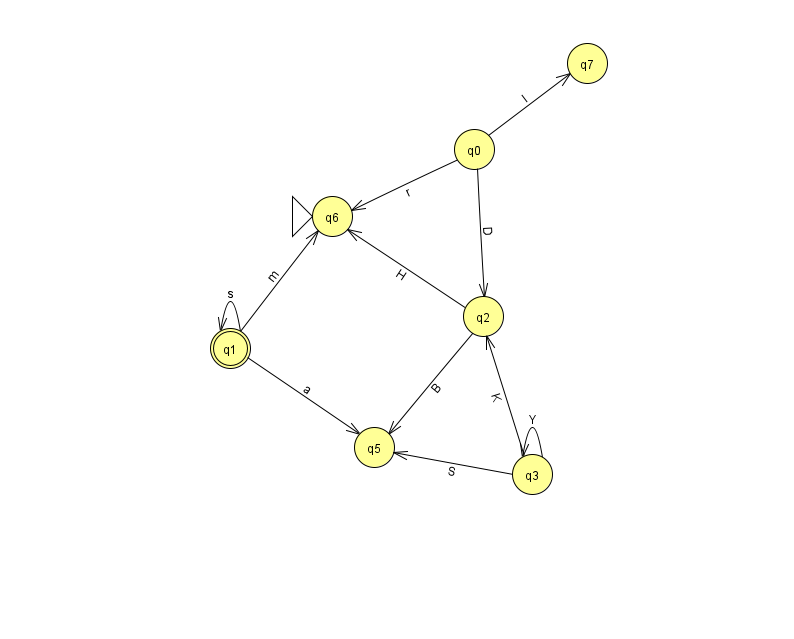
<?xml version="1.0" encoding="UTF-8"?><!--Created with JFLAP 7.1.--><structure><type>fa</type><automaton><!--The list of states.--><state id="0" name="q0"><x>474.0</x><y>136.0</y></state><state id="1" name="q1"><x>230.0</x><y>335.0</y><final/></state><state id="2" name="q2"><x>483.0</x><y>303.0</y></state><state id="3" name="q3"><x>532.0</x><y>461.0</y></state><state id="5" name="q5"><x>374.0</x><y>434.0</y></state><state id="6" name="q6"><x>332.0</x><y>203.0</y><initial/></state><state id="7" name="q7"><x>587.0</x><y>50.0</y></state><!--The list of transitions.--><transition><from>3</from><to>2</to><read>K</read></transition><transition><from>2</from><to>5</to><read>B</read></transition><transition><from>1</from><to>1</to><read>s</read></transition><transition><from>1</from><to>6</to><read>m</read></transition><transition><from>0</from><to>7</to><read>l</read></transition><transition><from>2</from><to>6</to><read>H</read></transition><transition><from>3</from><to>3</to><read>Y</read></transition><transition><from>0</from><to>6</to><read>r</read></transition><transition><from>1</from><to>5</to><read>a</read></transition><transition><from>3</from><to>5</to><read>S</read></transition><transition><from>0</from><to>2</to><read>D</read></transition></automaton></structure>